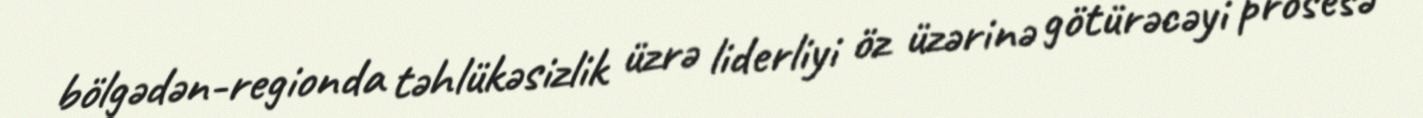
bölgədən-regionda təhlükəsizlik üzrə liderliyi öz üzərinə götürəcəyi prosesə